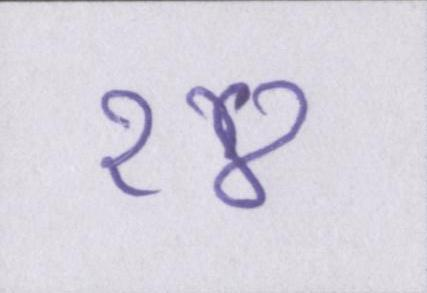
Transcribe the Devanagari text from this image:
१४